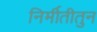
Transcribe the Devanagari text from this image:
निर्मीतीतुन